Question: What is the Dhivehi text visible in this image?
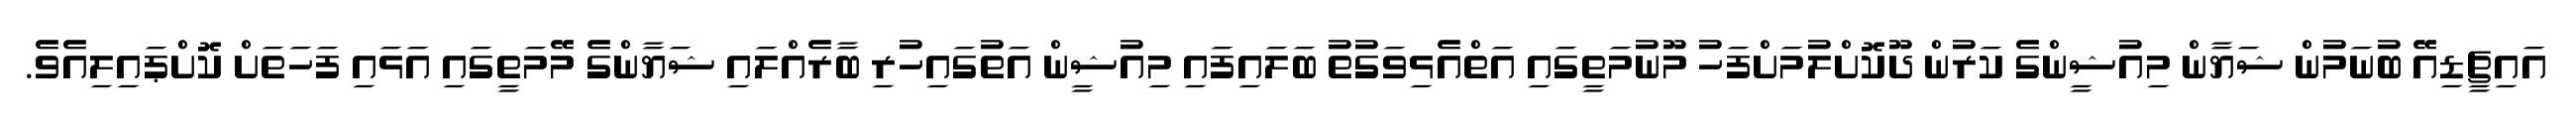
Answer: އައިޗީޑިއޭ ބުނަމުން ޝަޔާން މިއުޝީންގެ ކަރުން ދޫކޮށްލުމަށްފަހު މޫނުމަތީގައި އަތްއެޅިވަގުތު ބަލައިފައި މިއުޝީން އަތުގައިހުރި ބާރެއްލައި ޝަޔާންގެ މޭމަތީގައި އަޅައި ފަހަތަށް ކޮށްޕައިލިއެވެ.